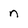
Character: n